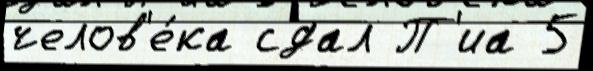
челов'е́ка сдал П'иа 5